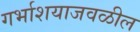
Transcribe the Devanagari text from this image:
गर्भाशयाजवळील